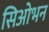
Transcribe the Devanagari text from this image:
सिओभन